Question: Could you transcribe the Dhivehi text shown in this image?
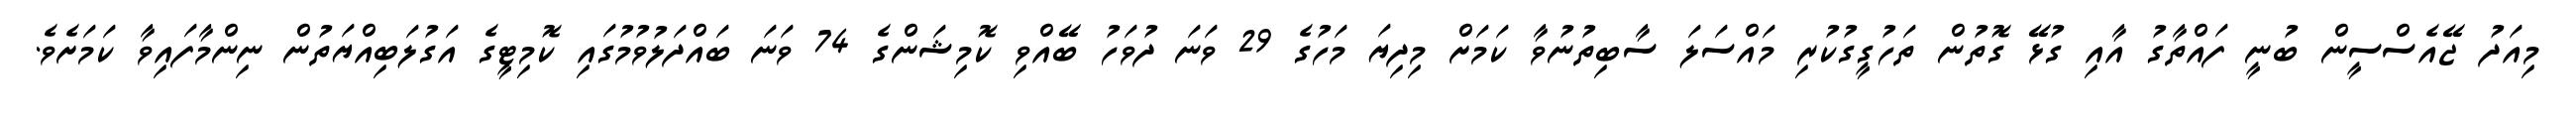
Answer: މިއަދު ޖޭއެސްސީން ބުނީ ފައްތާގު އާއި ގުޅޭ ގޮތުން ތަހުގީގުކުރި މައްސަލަ ސާބިތުނުވާ ކަމަށް މިދިޔަ މަހުގެ 29 ވަނަ ދުވަހު ބޭއްވި ކޮމިޝަންގެ 74 ވަނަ ބައްދަލުވުމުގައި ކޮމިޓީގެ އަގުލަބިއްޔަތުން ނިންމާފައިވާ ކަމަށެވެ.